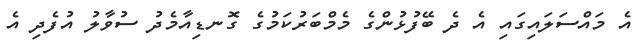
އެ މައްސަލައިގައި އެ ދެ ބޭފުޅުންގެ މެމްބަރުކަމުގެ ގޮނޑިއާމެދު ސުވާލު އުފެދި އެ